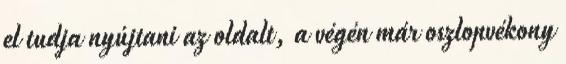
el tudja nyújtani az oldalt, a végén már oszlopvékony